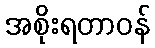
အစိုးရတာဝန်